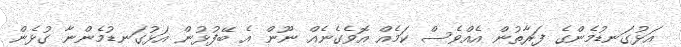
އަޅުގަނޑުމެންގެ ފަރާތުން އެއްވެސް ކަމެއް އޮވެގެނެއް ނޫން އެ ބޭފުޅުން އަޅުގަނޑުމެންނާ ގުޅެން